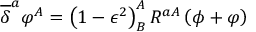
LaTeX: \overline { { { \delta } } } ^ { a } \varphi ^ { A } = \left( 1 - \epsilon ^ { 2 } \right) _ { B } ^ { A } R ^ { a A } \left( \phi + \varphi \right)